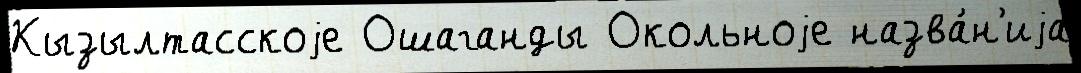
Кызылтасскоjе Ошаганды Окольноjе назва́н'иjа